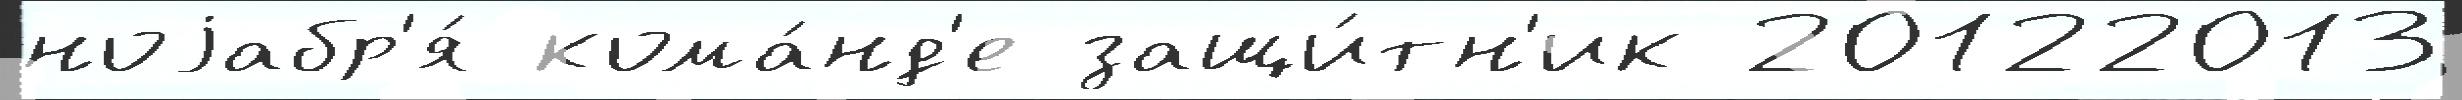
ноjабр'я́ кома́нд'е защи́тн'ик 20122013